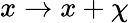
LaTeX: x\rightarrow x+\chi